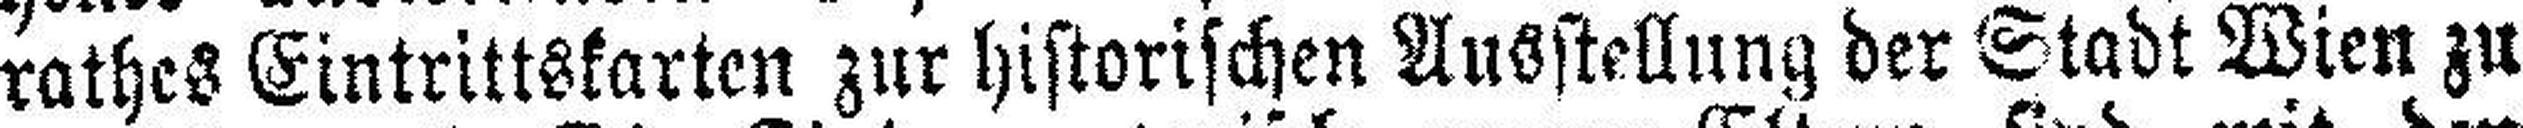
rathes Eintrittskarten zur historischen Ausstellung der Stadt Wien zu